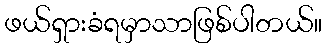
ဖယ်ရှားခံရမှာသာဖြစ်ပါတယ်။